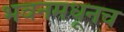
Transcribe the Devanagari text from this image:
भवनमधूनच